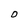
Character: O